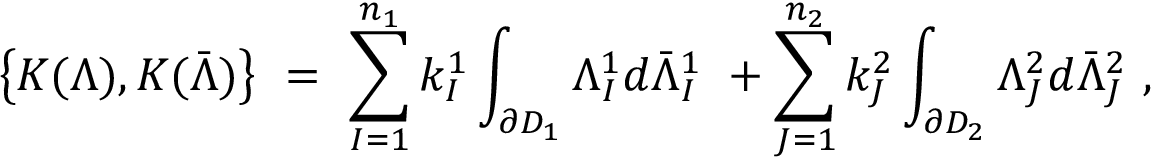
\left\{ K ( \Lambda ) , K ( \bar { \Lambda } ) \right\} ~ = ~ \sum _ { I = 1 } ^ { n _ { 1 } } k _ { I } ^ { 1 } \int _ { \partial D _ { 1 } } \Lambda _ { I } ^ { 1 } d \bar { \Lambda } _ { I } ^ { 1 } ~ + \sum _ { J = 1 } ^ { n _ { 2 } } k _ { J } ^ { 2 } \int _ { \partial D _ { 2 } } \Lambda _ { J } ^ { 2 } d \bar { \Lambda } _ { J } ^ { 2 } ~ ,